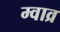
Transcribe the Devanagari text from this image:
म्वाव्र